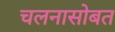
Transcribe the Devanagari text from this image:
चलनासोबत